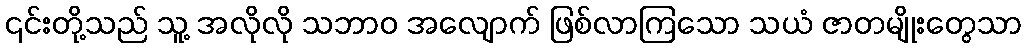
၎င်းတို့သည် သူ့ အလိုလို သဘာဝ အလျောက် ဖြစ်လာကြသော သယံ ဇာတမျိုးတွေသာ